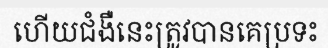
ហើយជំងឺនេះត្រូវបានគេប្រទះ